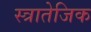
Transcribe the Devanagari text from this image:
स्त्रातेजिक